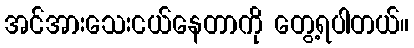
အင်အားသေးငယ်နေတာကို တွေ့ရပါတယ်။